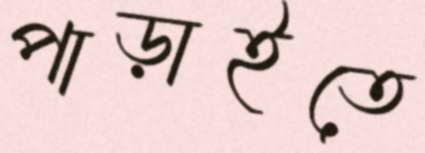
পাড়াইতে